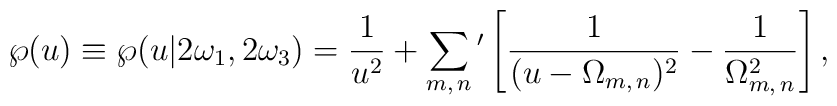
\wp(u)\equiv\wp(u|   2\omega_1,2\omega_3)={1\over{u^2}}+   \sum_{m,\,n}{}^\prime\left[{1\over{(u-\Omega_{m,\,n})^2}}-   {1\over{\Omega_{m,\,n}^2}}\right],